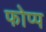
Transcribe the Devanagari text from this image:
फोप्प